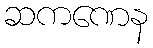
ဆကဏေန